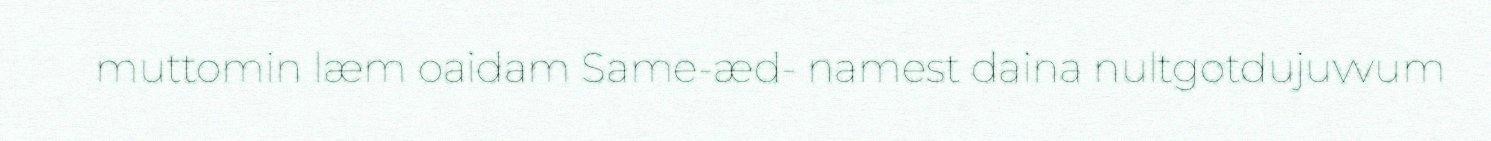
muttomin læm oaidam Same-æd- namest daina nultgotdujuvvum